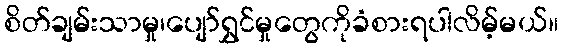
စိတ်ချမ်းသာမှု၊ပျော်ရွှင်မှုတွေကိုခံစားရပါလိမ့်မယ်။